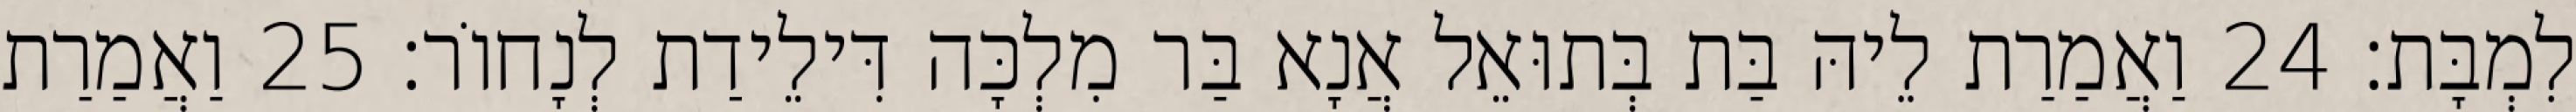
לִמְבָּת׃ 24 וַאֲמַרַת לֵיהּ בַּת בְּתוּאֵל אֲנָא בַּר מִלְכָּה דִּילֵידַת לְנָחוֹר׃ 25 וַאֲמַרַת